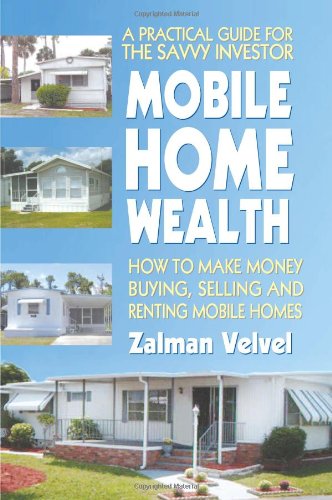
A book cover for Mobile Home Wealth: How to Make Money Buying, Selling and Renting Mobile Homes; Zalman Velvel; Business & Money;